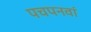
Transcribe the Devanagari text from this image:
पचपनवां